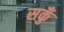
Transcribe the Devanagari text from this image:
सकुँ